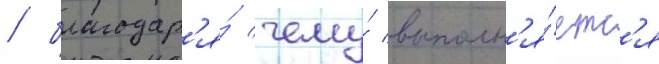
/ благодар'я́ чему́ выполн'я́етс'я